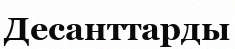
Десанттарды